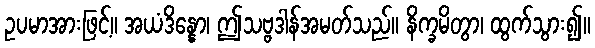
ဥပမာအားဖြင့်။ အယံဒိန္နော၊ ဤသဗ္ဗဒါန်အမတ်သည်။ နိက္ခမိတွာ၊ ထွက်သွား၍။